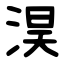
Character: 淏